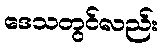
ဒေသတွင်လည်း